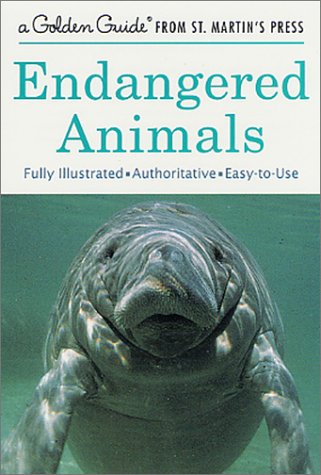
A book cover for Endangered Animals (A Golden Guide from St. Martin's Press); George S. Fichter; Science & Math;